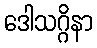
ဒေါသဂ္ဂိနာ